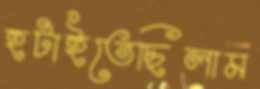
হটাইতেছিলাম